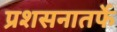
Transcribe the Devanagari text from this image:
प्रशसनातर्फे